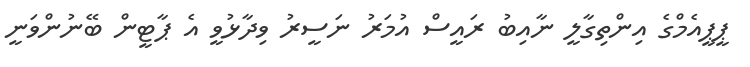
ޕީޕީއެމްގެ އިންތިގާލީ ނާއިބު ރައީސް އުމަރު ނަސީރު ވިދާޅުވީ އެ ޕާޓީން ބޭނުންވަނީ